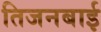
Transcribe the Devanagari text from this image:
तिजनबाई